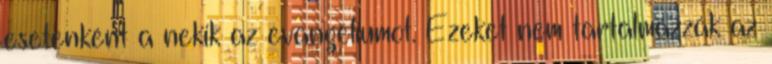
esetenként a nekik az evangéliumot. Ezeket nem tartalmazzák az